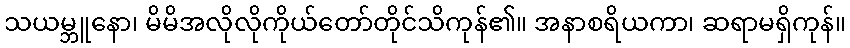
သယမ္ဘူနော၊ မိမိအလိုလိုကိုယ်တော်တိုင်သိကုန်၏။ အနာစရိယကာ၊ ဆရာမရှိကုန်။